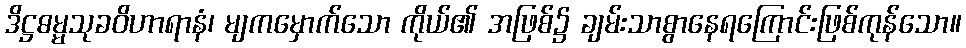
ဒိဋ္ဌဓမ္မသုခဝိဟာရာနံ၊ မျကမှောက်သော ကိုယ်၏ အဖြစ်၌ ချမ်းသာစွာနေရကြောင်းဖြစ်ကုန်သော။